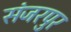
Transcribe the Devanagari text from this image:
संजरपुर